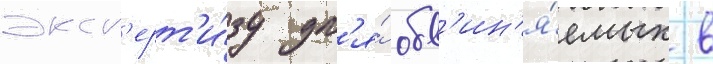
эксп'ерт'и́зу дл'я́ обв'ин'я́емых в